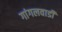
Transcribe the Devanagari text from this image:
गांगलवाडी